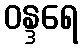
ဝန္ဒရေ